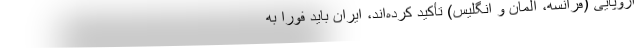
اروپایی (فرانسه، آلمان و انگلیس) تأکید کرده‌اند، ایران باید فورا به